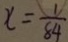
x = \frac { 1 } { 8 4 }